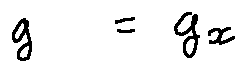
g = g _ { x }